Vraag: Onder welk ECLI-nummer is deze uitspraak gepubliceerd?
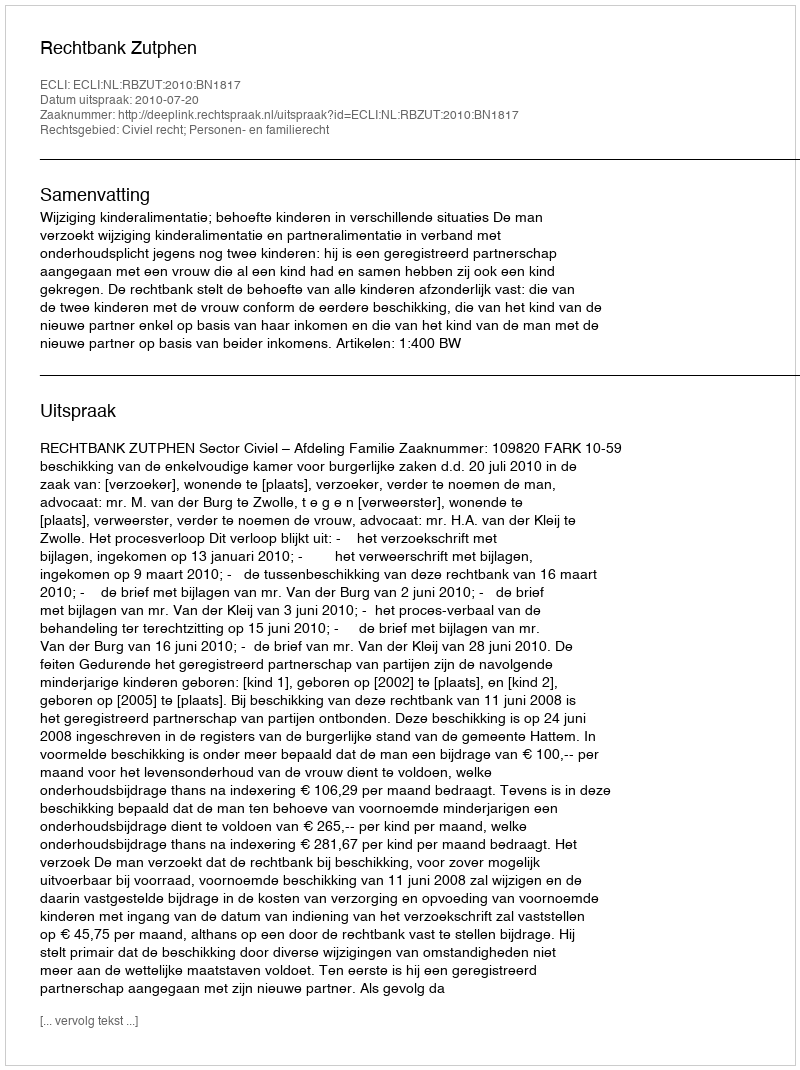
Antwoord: ECLI:NL:RBZUT:2010:BN1817